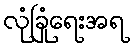
လုံခြုံရေးအရ